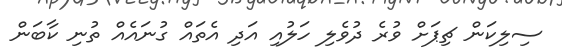
ސިލިކަން ޗިޕަށް ވުރެ ދުވެލި ހަލުއި އަދި އެތައް ގުނައެއް ތުނި ކާބަން